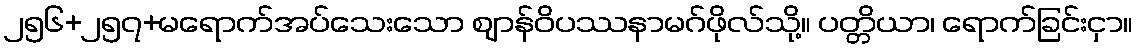
၂၅၆+၂၅၇+မရောက်အပ်သေးသော ဈာန်ဝိပဿနာမဂ်ဖိုလ်သို့။ ပတ္တိယာ၊ ရောက်ခြင်းငှာ။